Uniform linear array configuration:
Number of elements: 8
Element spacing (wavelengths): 0.5
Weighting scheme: blackman
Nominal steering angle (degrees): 0
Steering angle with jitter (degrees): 0.04441
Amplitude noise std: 0.05
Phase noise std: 0.05

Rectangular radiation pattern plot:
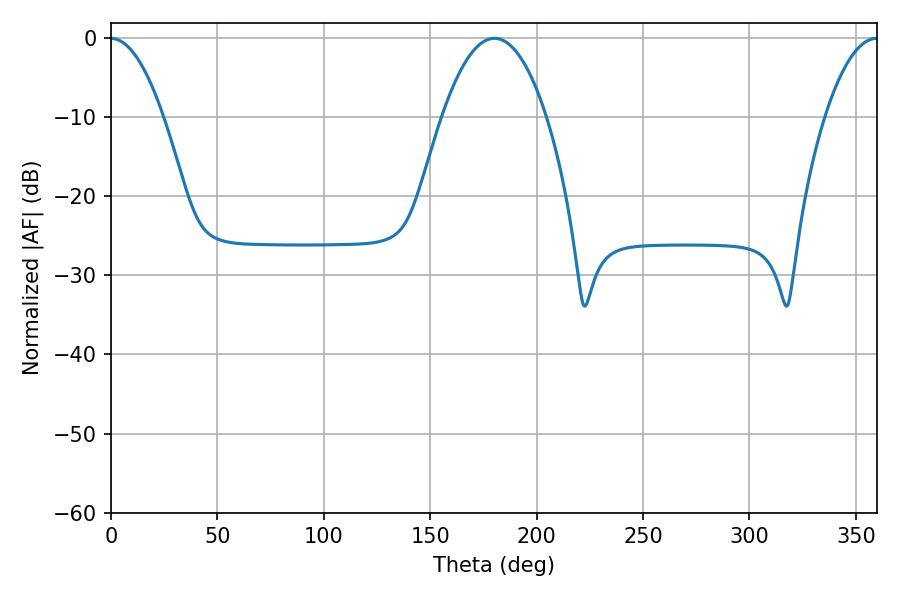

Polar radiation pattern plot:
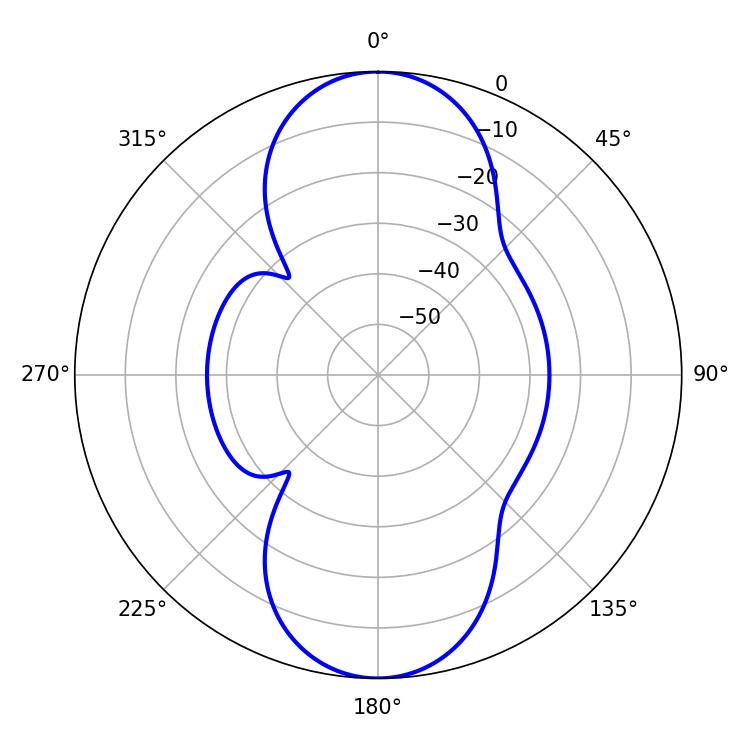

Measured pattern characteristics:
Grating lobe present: FALSE
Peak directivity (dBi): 31.232
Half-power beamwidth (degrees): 13.68
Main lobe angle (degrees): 359.82